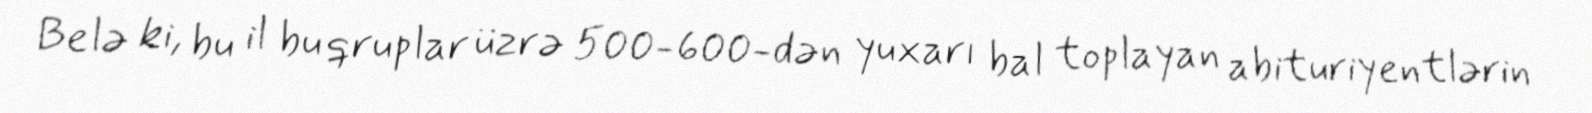
Belə ki, bu il bu qruplar üzrə 500-600-dən yuxarı bal toplayan abituriyentlərin